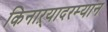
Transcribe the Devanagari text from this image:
किनाऱ्यादरम्यान